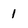
Character: 1